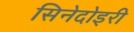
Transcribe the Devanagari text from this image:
सिनेदोइरी